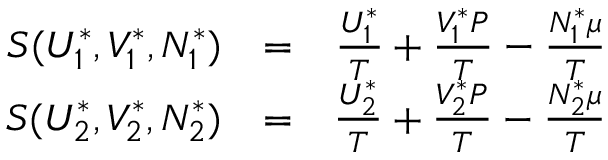
\begin{array} { r l r } { S ( U _ { 1 } ^ { * } , V _ { 1 } ^ { * } , N _ { 1 } ^ { * } ) } & { = } & { \frac { U _ { 1 } ^ { * } } { T } + \frac { V _ { 1 } ^ { * } P } { T } - \frac { N _ { 1 } ^ { * } \mu } { T } } \\ { S ( U _ { 2 } ^ { * } , V _ { 2 } ^ { * } , N _ { 2 } ^ { * } ) } & { = } & { \frac { U _ { 2 } ^ { * } } { T } + \frac { V _ { 2 } ^ { * } P } { T } - \frac { N _ { 2 } ^ { * } \mu } { T } } \end{array}